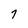
Character: 7